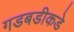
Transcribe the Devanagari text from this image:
गडबडीकडे